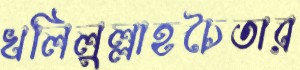
খলিলুল্লাহচৈতার